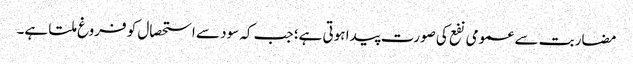
مضاربت سے عمومی نفع کی صورت پیدا ہوتی ہے؛ جب کہ سود سے استحصال کو فروغ ملتا ہے۔